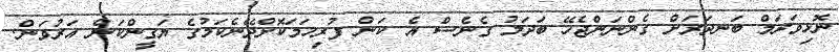
ނޮޅިވަރަމް ބަނދަރަށް ގެންނަންޖެހޭ ބަދަލު ގެނެސް އެ ކަން ފުރިހަމަކޮށްދޭނެކަމުގެ ޔަގީންކަން އަރުވަން.